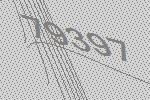
79397